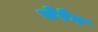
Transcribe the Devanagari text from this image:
चेरेन